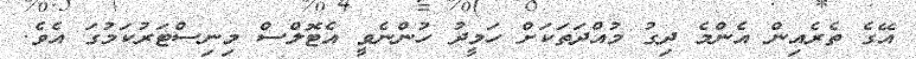
އޭގެ ތެރެއިން އެންމެ ދިގު މުއްދަތަކަށް ހަމީދު ހުންނެވީ އެޓޮލްސް މިނިސްޓަރުކަމުގަ އެވެ.